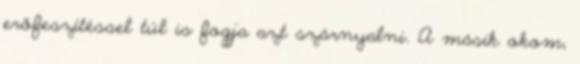
erőfeszítéssel túl is fogja azt szárnyalni. A másik okom,